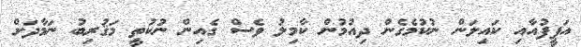
އަފީފުއާއި ކައިލަން ނުކުމެގެން ދިއުމުން ކާމިލު ވެސް ގެއިން ނުކުތީ މަޤުރިބު ނަމާދަށް